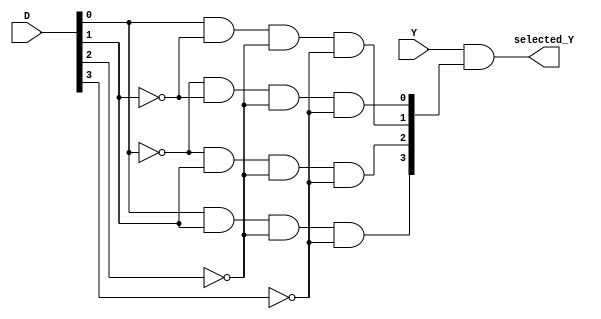
module demultiplexer_4to16 (
    input [3:0] D,
    input [15:0] Y,
    output [15:0] selected_Y
);

wire [3:0] select_lines;

assign select_lines[0] = ~D[0] & ~D[1] & ~D[2] & ~D[3];
assign select_lines[1] = D[0] & ~D[1] & ~D[2] & ~D[3];
assign select_lines[2] = ~D[0] & D[1] & ~D[2] & ~D[3];
assign select_lines[3] = D[0] & D[1] & ~D[2] & ~D[3];
assign select_lines[4] = ~D[0] & ~D[1] & D[2] & ~D[3];
assign select_lines[5] = D[0] & ~D[1] & D[2] & ~D[3];
assign select_lines[6] = ~D[0] & D[1] & D[2] & ~D[3];
assign select_lines[7] = D[0] & D[1] & D[2] & ~D[3];
assign select_lines[8] = ~D[0] & ~D[1] & ~D[2] & D[3];
assign select_lines[9] = D[0] & ~D[1] & ~D[2] & D[3];
assign select_lines[10] = ~D[0] & D[1] & ~D[2] & D[3];
assign select_lines[11] = D[0] & D[1] & ~D[2] & D[3];
assign select_lines[12] = ~D[0] & ~D[1] & D[2] & D[3];
assign select_lines[13] = D[0] & ~D[1] & D[2] & D[3];
assign select_lines[14] = ~D[0] & D[1] & D[2] & D[3];
assign select_lines[15] = D[0] & D[1] & D[2] & D[3];

assign selected_Y = Y & select_lines;

endmodule